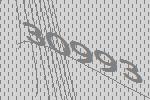
30993